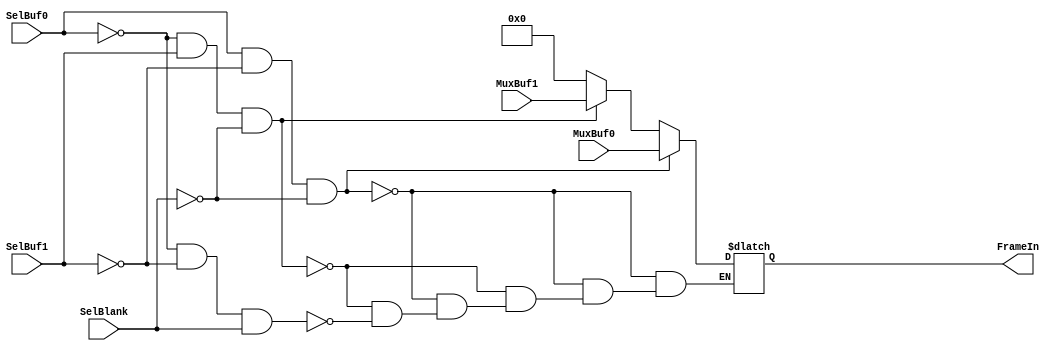
module Bigmux(FrameIn,SelBuf0,SelBlank,SelBuf1,MuxBuf0,MuxBuf1);

input SelBuf0,SelBlank,SelBuf1;
input [7:0]MuxBuf0;
input [7:0]MuxBuf1;
output [7:0]FrameIn;
reg [7:0]FrameIn;

always @( SelBuf0 or SelBlank or SelBuf1 or MuxBuf0 or MuxBuf1 )
begin
   if(SelBuf0==1 && SelBuf1==0 && SelBlank==0)
      FrameIn = MuxBuf0;
   else if( SelBuf0==0 && SelBuf1==1 && SelBlank==0)
      FrameIn = MuxBuf1;
else if(SelBuf0==0 && SelBuf1==0 && SelBlank==1)
FrameIn = 8'b0;
end

endmodule